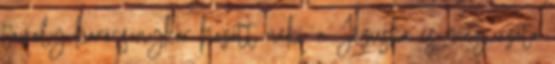
tavaly karácsonykor hozott neki a Jézuska és még azóta